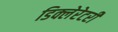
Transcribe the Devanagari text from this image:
डिक्लेरेटरी